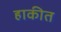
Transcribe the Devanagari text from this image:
हाकीत